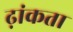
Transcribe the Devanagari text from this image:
ढ़ांकता